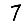
Digit: 7